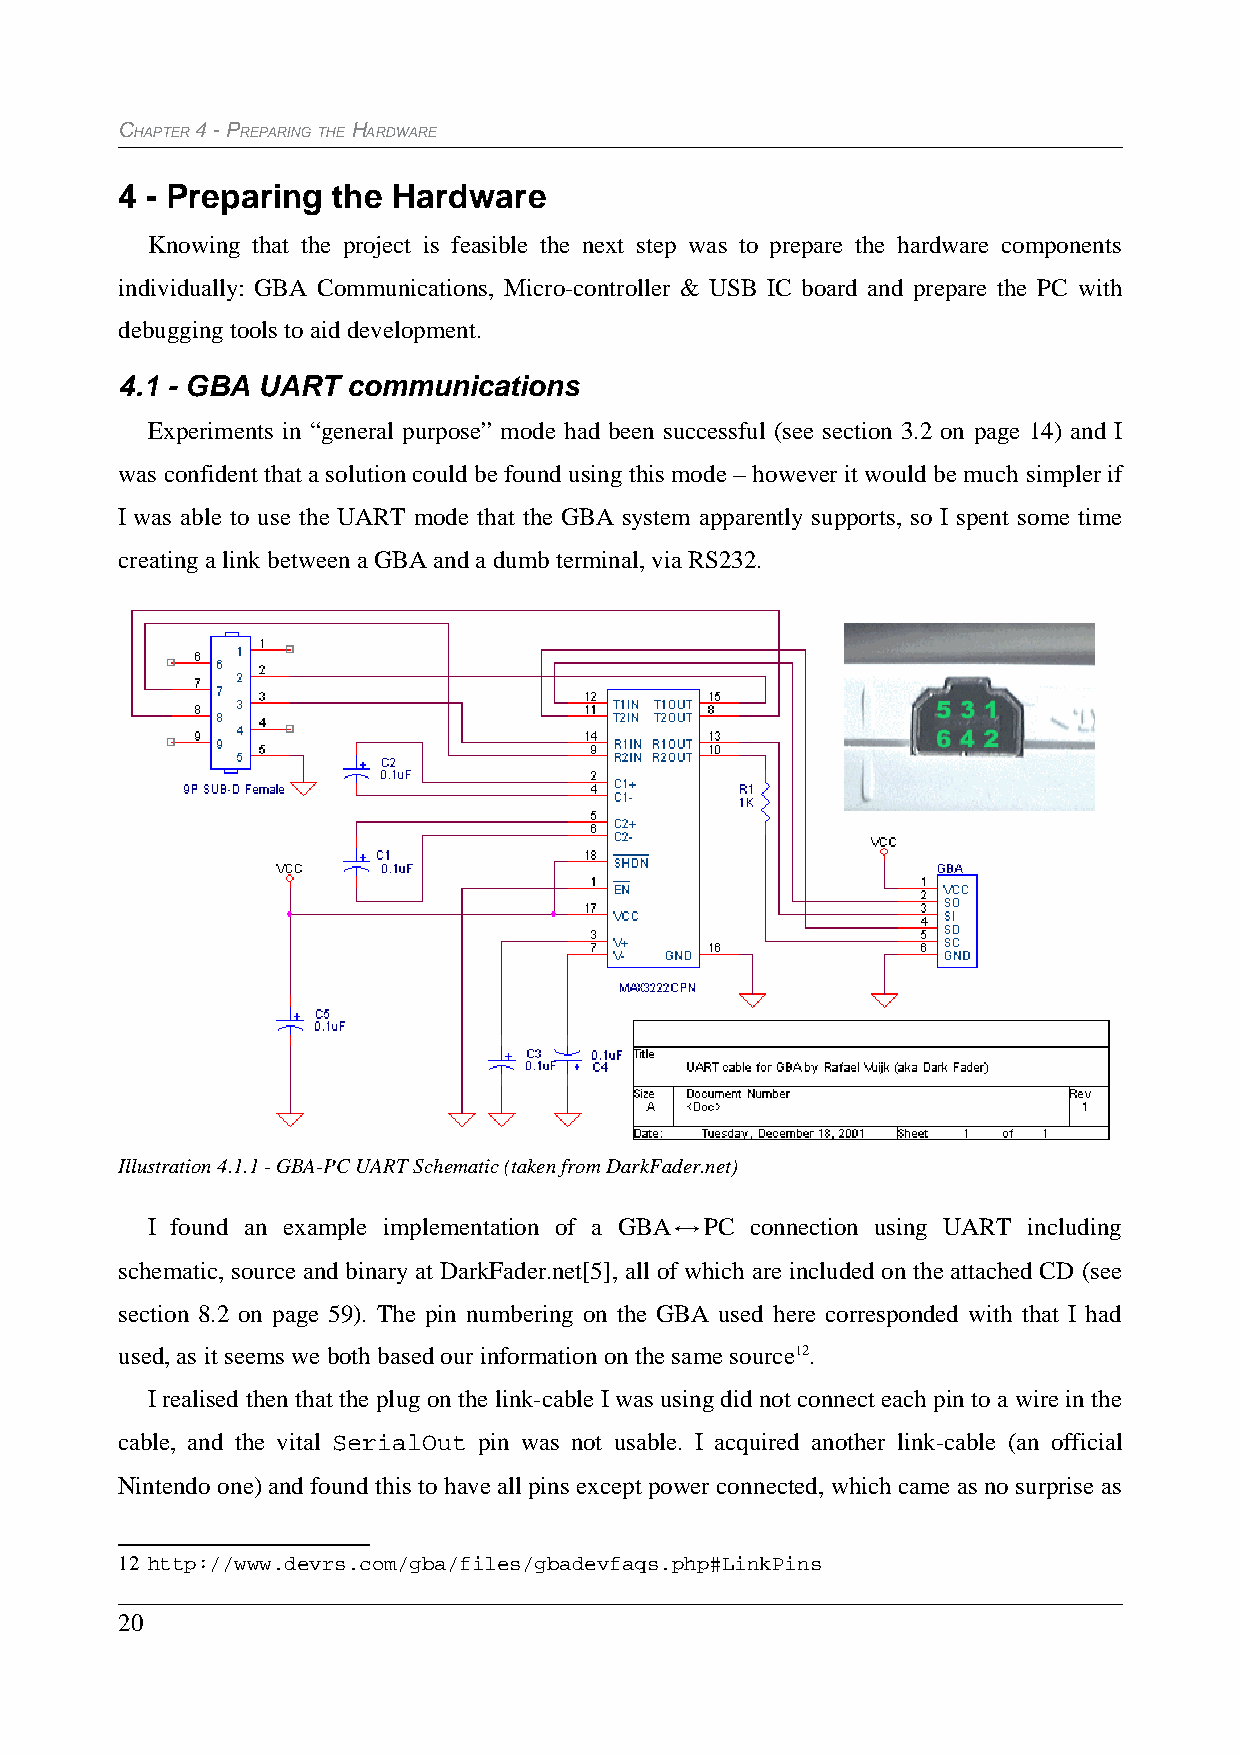
CHAPTER 4 - PREPARING THE HARDWARE
 4 - Preparing the Hardware
 Knowing that the project is feasible the next step was to prepare the hardware components
 individually: GBA Communications, Micro-controller & USB IC board and prepare the PC with
 debugging tools to aid development.
 4.1 - GBA UART communications
 Experiments in “general purpose” mode had been successful (see section 3.2 on page 14) and I
 was confident that a solution could be found using this mode – however it would be much simpler if
 I was able to use the UART mode that the GBA system apparently supports, so I spent some time
 creating a link between a GBA and a dumb terminal, via RS232.
 Illustration 4.1.1 - GBA-PC UART Schematic (taken from DarkFader.net)
 I found an example implementation of a GBA PC connection using UART including
 ↔
 schematic, source and binary at DarkFader.net[5], all of which are included on the attached CD (see
 section 8.2 on page 59). The pin numbering on the GBA used here corresponded with that I had
 used, as it seems we both based our information on the same source12.
 I realised then that the plug on the link-cable I was using did not connect each pin to a wire in the
 cable, and the vital SerialOut pin was not usable. I acquired another link-cable (an official
 Nintendo one) and found this to have all pins except power connected, which came as no surprise as
 12 http://www.devrs.com/gba/files/gbadevfaqs.php#LinkPins
 20